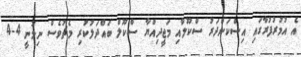
އެ އުމުރުފުރާގައި އިސްކަންދަރު ސްކޫލާއި މަޖީދިއްޔާ ސްކޫލް ބައްދަލުކުރި މެޗުވެސް ނިމުނީ 4-4